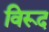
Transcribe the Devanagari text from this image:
विरूद